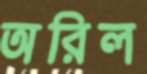
অরিল